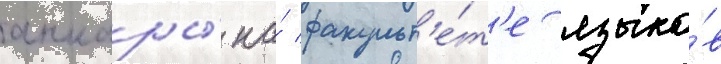
анкары́ на́ факульт'е́т'е языко́в